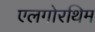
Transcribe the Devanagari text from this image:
एलगोरथिम